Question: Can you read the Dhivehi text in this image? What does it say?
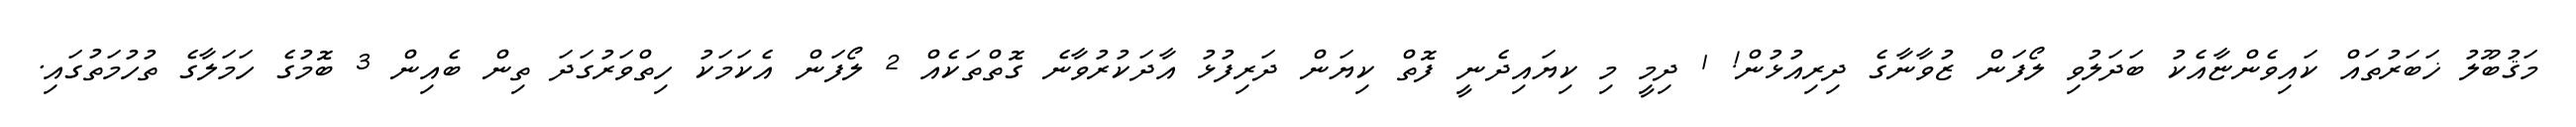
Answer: މަޤުބޫލު ޚަބަރުތައް ކައިވެންޏާއެކު ބަދަލުވި ލޯފަން ޒުވާނާގެ ދިރިއުޅުން! 1 ދިމީ މި ކިޔައިދެނީ ފޮތް ކިޔަން ދަރިފުޅު އާދަކުރުވާނެ ގޮތްތަކެއް 2 ލޯފަން އެކަމަކު ހިތްވަރުގަދަ ތިން ބެއިން 3 ބޮމުގެ ހަމަލާގެ ތުހުމަތުގައި.